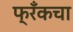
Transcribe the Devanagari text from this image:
फ्रँकचा